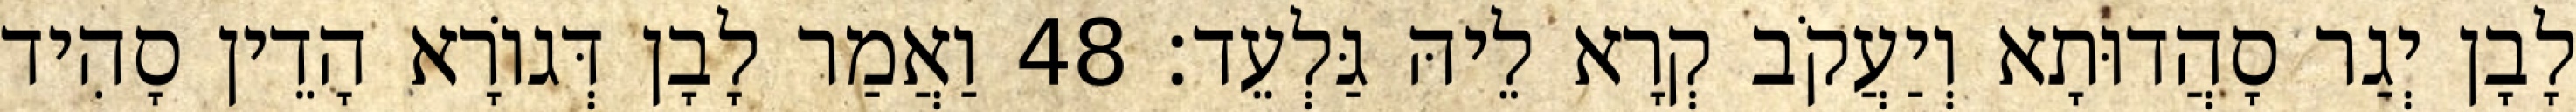
לָבָן יְגַר סָהֲדוּתָא וְיַעֲקֹב קְרָא לֵיהּ גַּלְעֵד׃ 48 וַאֲמַר לָבָן דְּגוֹרָא הָדֵין סָהִיד